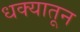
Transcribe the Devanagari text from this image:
धक्यातून